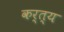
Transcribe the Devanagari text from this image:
कर्त्य